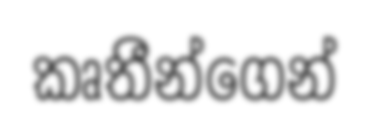
කෘතීන්ගෙන්